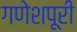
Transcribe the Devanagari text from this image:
गणेशपूरी